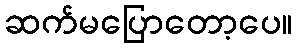
ဆက်မပြောတော့ပေ။